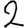
Digit: 2